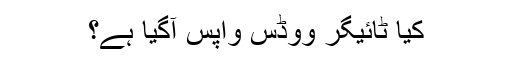
کیا ٹائیگر ووڈس واپس آگیا ہے؟